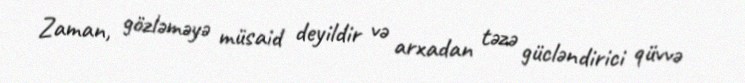
Zaman, gözləməyə müsaid deyildir və arxadan təzə gücləndirici qüvvə